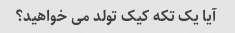
آیا یک تکه کیک تولد می خواهید؟